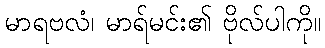
မာရဗလံ၊ မာရ်မင်း၏ ဗိုလ်ပါကို။